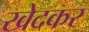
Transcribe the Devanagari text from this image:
खेदकर